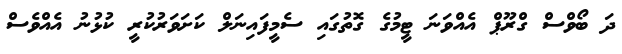
ދަ ބޯވްސް ގްރޫޕް އެއްވަނަ ޓީމުގެ ގޮތުގައި ސެމީފައިނަލް ކަށަވަރުކުރީ ކުޅުނު އެއްވެސް